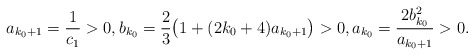
\begin{align*}a_{k_0+1}=\frac{1}{c_1}>0, b_{k_0}=\frac{2}{3}\big(1+(2k_0+4)a_{k_0+1}\big)>0, a_{k_0}=\frac{2b_{k_0}^2}{a_{k_0+1}}>0.\end{align*}